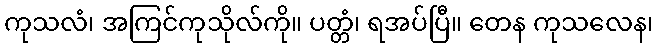
ကုသလံ၊ အကြင်ကုသိုလ်ကို။ ပတ္တံ၊ ရအပ်ပြီ။ တေန ကုသလေန၊